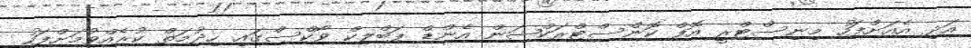
އަދި އެއަށްފަހު މިނިސްޓްރީ އޮފް ކޮންސްޓްރަކްޝަން އެންޑް ޕަބްލިކް ވޯކްސްގައި ހިދުމަތް ކުރެއްވުމަށްފަހު